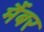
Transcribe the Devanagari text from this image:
मैंबर